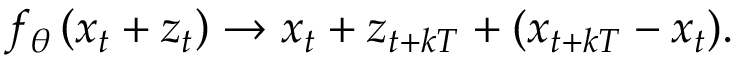
f _ { \theta } \left( x _ { t } + z _ { t } \right) \rightarrow x _ { t } + z _ { t + k T } + ( x _ { t + k T } - x _ { t } ) .